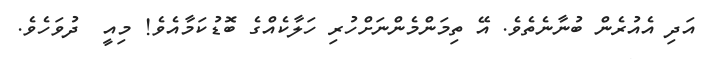
އަދި އެއުރެން ބުނާނެތެވެ. އޭ ތިމަންމެންނަށްހުރި ހަލާކެއްގެ ބޮޑުކަމާއެވެ! މިއީ  ދުވަހެވެ.